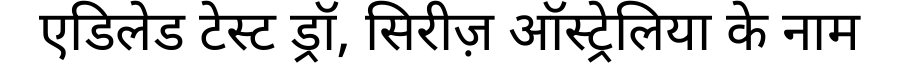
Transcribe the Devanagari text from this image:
एडिलेड टेस्ट ड्रॉ, सिरीज़ ऑस्ट्रेलिया के नाम